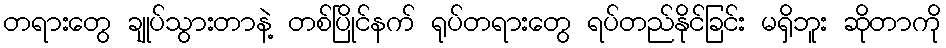
တရားတွေ ချုပ်သွားတာနဲ့ တစ်ပြိုင်နက် ရုပ်တရားတွေ ရပ်တည်နိုင်ခြင်း မရှိဘူး ဆိုတာကို